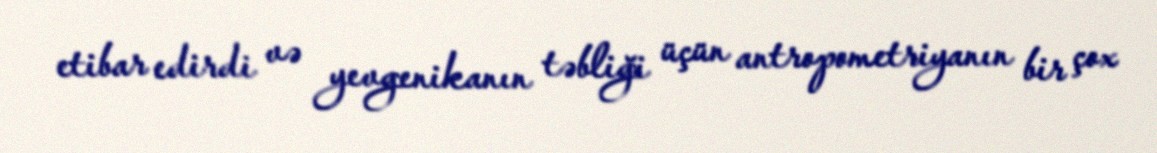
etibar edirdi və yevgenikanın təbliği üçün antropometriyanın bir çox